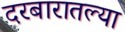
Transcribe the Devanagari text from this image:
दरबारातल्या